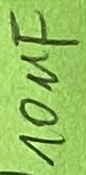
Text: 10µF